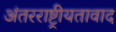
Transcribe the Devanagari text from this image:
अंतरराष्ट्रीयतावाद